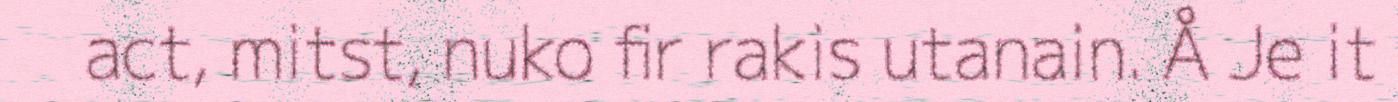
act, mitst, nuko fir rakis utanain. Å Je it